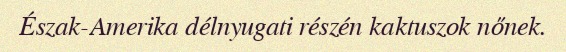
Észak-Amerika délnyugati részén kaktuszok nőnek.